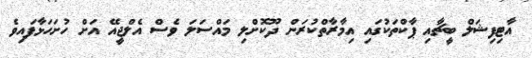
އާޓިފިޝަލް ބީޗާއި ޕާކްތަކުގައި އިމާރާތްކުރަން ދޫކޮށްލި މައްސަލަ ވެސް އެލްޖީއޭ އަށް ހުށަހަޅާފައިވެ